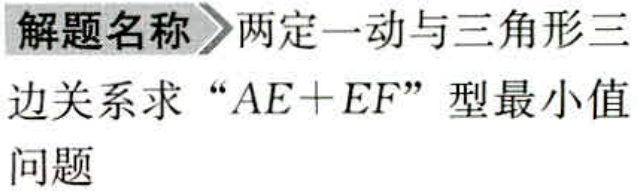
解题名称 两定一动与三角形三

边关系求 “\(AE + EF\)” 型最小值

问题